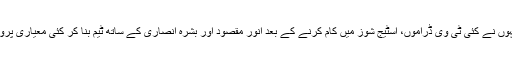
جس کے بعد انہوں نے کئی ٹی وی ڈراموں، اسٹیج شوز میں کام کرنے کے بعد انور مقصود اور بشرہ انصاری کے ساتھ ٹیم بنا کر کئی معیاری پروگرام پیش کیے۔